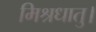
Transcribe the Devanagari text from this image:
मिश्रधातु।